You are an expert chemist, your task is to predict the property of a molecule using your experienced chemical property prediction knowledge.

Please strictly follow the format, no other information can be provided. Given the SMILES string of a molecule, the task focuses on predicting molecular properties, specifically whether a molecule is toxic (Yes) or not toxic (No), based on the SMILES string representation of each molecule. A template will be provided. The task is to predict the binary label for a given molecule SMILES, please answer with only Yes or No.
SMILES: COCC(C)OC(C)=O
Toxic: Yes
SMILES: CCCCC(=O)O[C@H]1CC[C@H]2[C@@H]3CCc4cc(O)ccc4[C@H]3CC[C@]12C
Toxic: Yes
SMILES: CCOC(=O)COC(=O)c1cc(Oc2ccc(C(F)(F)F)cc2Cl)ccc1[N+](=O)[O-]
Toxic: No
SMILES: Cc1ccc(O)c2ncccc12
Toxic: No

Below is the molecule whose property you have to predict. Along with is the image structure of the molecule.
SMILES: CC/C=C\CCCCO
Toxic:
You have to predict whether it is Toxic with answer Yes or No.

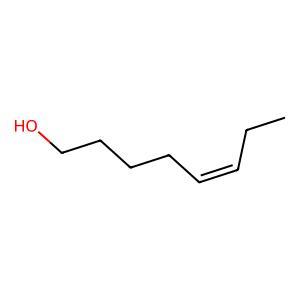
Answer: No